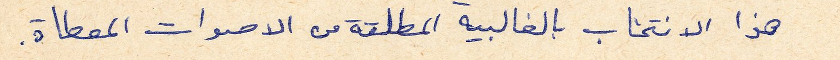
هذا الانتخاب بالغالبية المطلقة من الاصوات المعطاة.